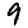
Digit: 9